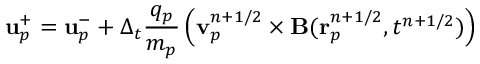
\mathbf { u } _ { p } ^ { + } = \mathbf { u } _ { p } ^ { - } + \Delta _ { t } \frac { q _ { p } } { m _ { p } } \left( \mathbf { v } _ { p } ^ { n + 1 / 2 } \times \mathbf { B } ( \mathbf { r } _ { p } ^ { n + 1 / 2 } , t ^ { n + 1 / 2 } ) \right)